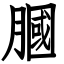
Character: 膕